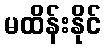
မထိန်းနိုင်